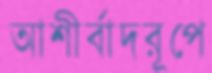
আশীর্বাদরূপে